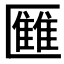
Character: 𠥥